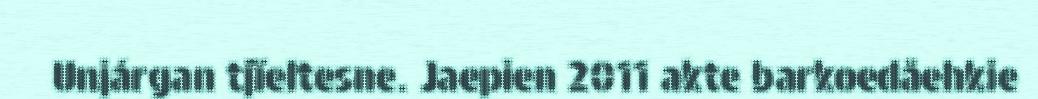
Unjárgan tjïeltesne. Jaepien 2011 akte barkoedåehkie